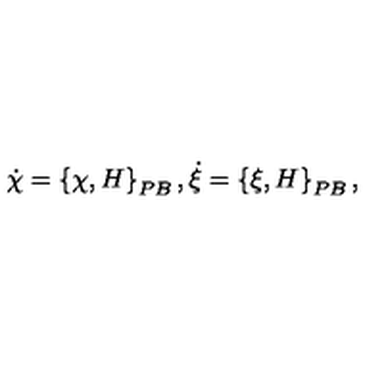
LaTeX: { \dot { \chi } } = \left\{ \chi , H \right\} _ { P B } , { \dot { \xi } } = \left\{ \xi , H \right\} _ { P B } ,